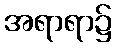
အရာရာ၌